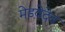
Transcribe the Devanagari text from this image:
मेडवेदेव